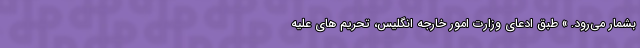
بشمار می‌رود. » طبق ادعای وزارت امور خارجه انگلیس، تحریم های علیه